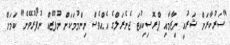
"ސަރުކާރަށް ޝަރުއީ ނިޒާމާއި ޕްރޮސިކިއުޓަ ޖެނެރަލްގެ އެއްވެސް ނިންމުމަކަށް ނުފޫޒެއް ނުފޯރުވޭނެ" ކަމަށް